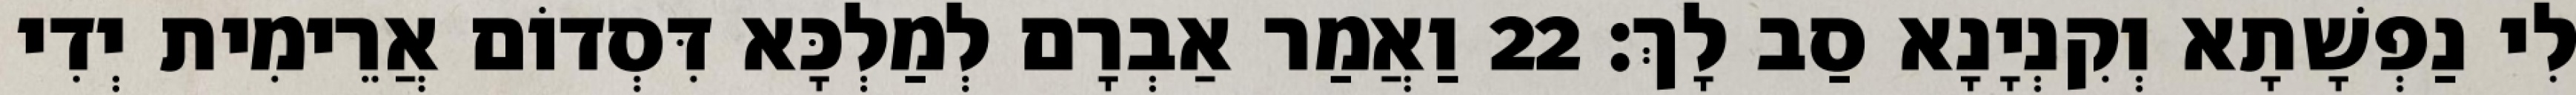
לִי נַפְשָׁתָא וְקִנְיָנָא סַב לָךְ׃ 22 וַאֲמַר אַבְרָם לְמַלְכָּא דִּסְדוֹם אֲרֵימִית יְדִי